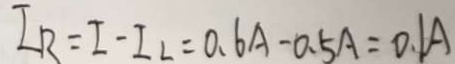
I _ { R } = I - I _ { 2 } = 0 . 6 A - 0 . 5 A = 0 . 1 A